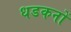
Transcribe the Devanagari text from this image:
धडकनों